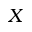
X